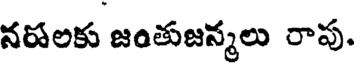
నషలకు జంతుజన్మలు రాపు.